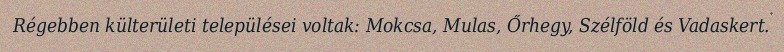
Régebben külterületi települései voltak: Mokcsa, Mulas, Őrhegy, Szélföld és Vadaskert.